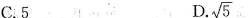
C.5 D. \sqrt{5}